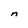
Character: n